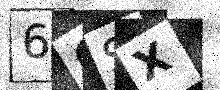
Text: 66SX